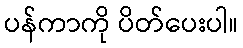
ပန်ကာကို ပိတ်ပေးပါ။